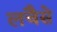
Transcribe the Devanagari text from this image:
लचैसे